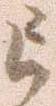
已